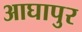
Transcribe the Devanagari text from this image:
आघापुर